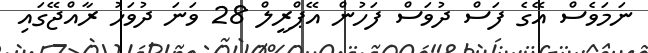
ނަމަަވެސް އޭގެ ފަސް ދުވަސް ފަހުން އޭޕްރީލް 28 ވަނަ ދުވަހު ރާއްޖޭގައި